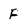
Character: F